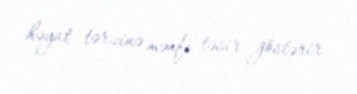
həyat tərzinə mənfi təsir göstərir.